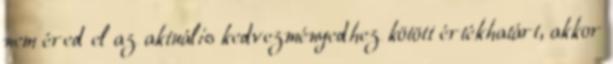
nem éred el az aktuális kedvezményedhez kötött értékhatárt, akkor